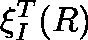
\mathbf { \xi } _ { I } ^ { T } ( R )